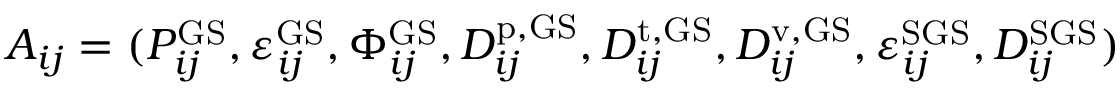
A _ { i j } = ( P _ { i j } ^ { \mathrm { G S } } , \varepsilon _ { i j } ^ { \mathrm { G S } } , \Phi _ { i j } ^ { \mathrm { G S } } , D _ { i j } ^ { \mathrm { p , G S } } , D _ { i j } ^ { \mathrm { t , G S } } , D _ { i j } ^ { \mathrm { v , G S } } , \varepsilon _ { i j } ^ { \mathrm { S G S } } , D _ { i j } ^ { \mathrm { S G S } } )